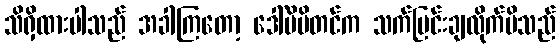
သိရှိထားပါသည် အခါကြတော့ ဒေါ်မိမိတင်က သက်ပြင်းချလိုက်မိသည်